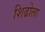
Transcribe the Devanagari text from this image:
शिढोला